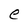
Character: e